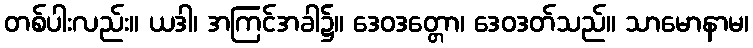
တစ်ပါးလည်း။ ယဒါ၊ အကြင်အခါ၌။ ဒေဝဒတ္တော၊ ဒေဝဒတ်သည်။ သာမောနာမ၊